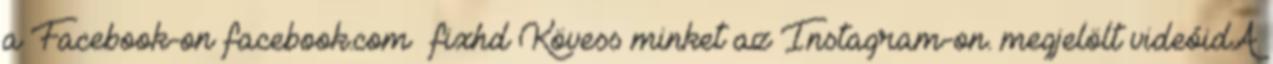
a Facebook-on facebook.com fixhd Kövess minket az Instagram-on. megjelölt videóidA